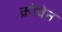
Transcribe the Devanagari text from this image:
क्रोवेन